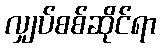
လျှပ်စစ်ဆိုင်ရာ